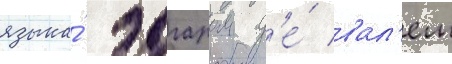
языка́ эдгаром д'е́ вал'ем